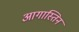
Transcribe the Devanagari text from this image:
आगास्तिन